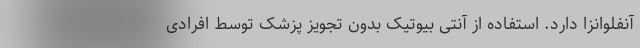
آنفلوانزا دارد. استفاده از آنتی بیوتیک بدون تجویز پزشک توسط افرادی